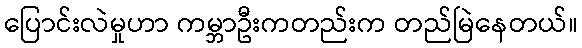
ပြောင်းလဲမှုဟာ ကမ္ဘာဦးကတည်းက တည်မြဲနေတယ်။